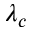
\lambda _ { c }